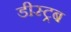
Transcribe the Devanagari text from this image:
डीस्ट्रब